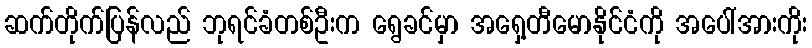
ဆက်တိုက်ပြန်လည် ဘုရင်ခံတစ်ဦးက ရွေခင်မှာ အရှေ့တီမောနိုင်ငံကို အပေါ်အားကိုး